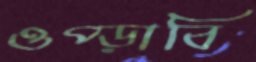
ওপ্‌ড়াবি